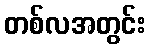
တစ်လအတွင်း